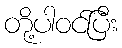
တို့ပါဝင်ပြီး